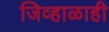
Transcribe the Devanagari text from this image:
जिव्हाळाही